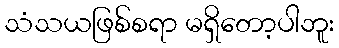
သံသယဖြစ်စရာ မရှိတော့ပါဘူး